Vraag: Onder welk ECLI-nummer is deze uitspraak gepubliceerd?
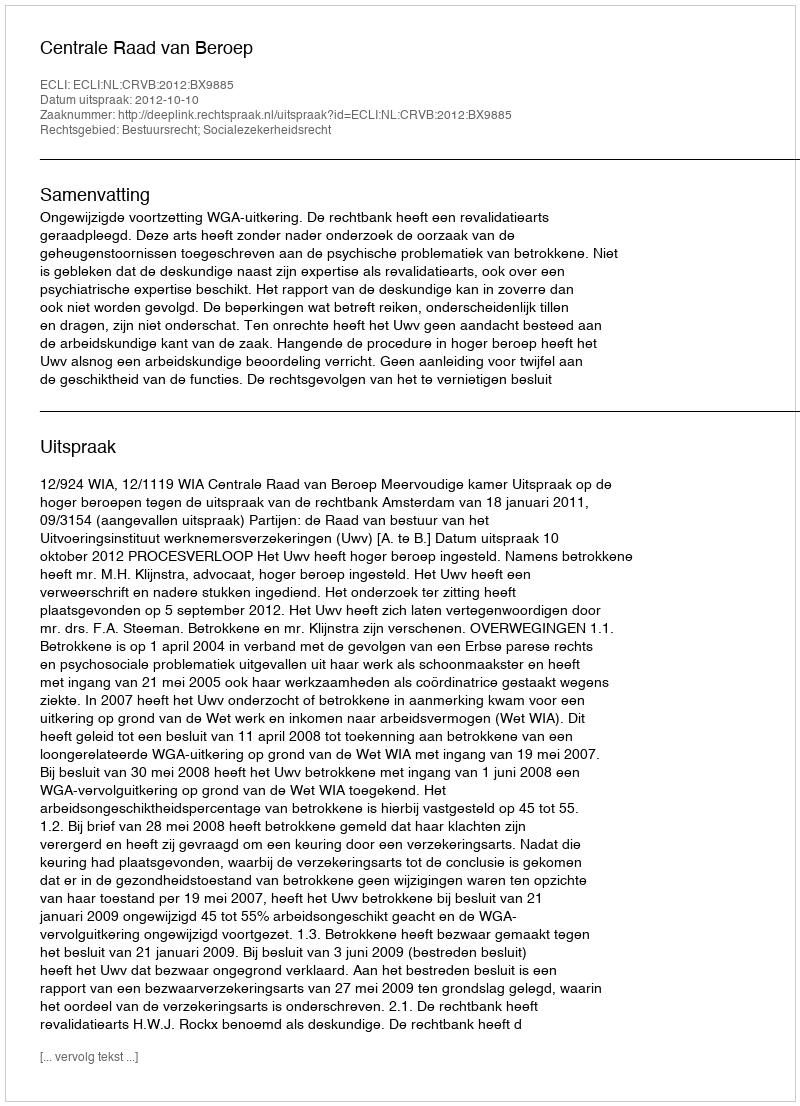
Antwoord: ECLI:NL:CRVB:2012:BX9885